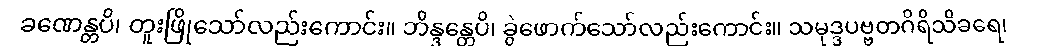
ခဏေန္တပိ၊ တူးဖြိုသော်လည်းကောင်း။ ဘိန္ဒန္တေပိ၊ ခွဲဖောက်သော်လည်းကောင်း။ သမုဒ္ဒပဗ္ဗတဂိရိသိခရေ၊